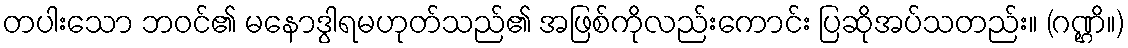
တပါးသော ဘဝင်၏ မနောဒွါရမဟုတ်သည်၏ အဖြစ်ကိုလည်းကောင်း ပြဆိုအပ်သတည်း။ (ဂဏ္ဌိ။)